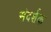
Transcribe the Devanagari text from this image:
संदर्शक